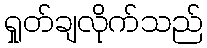
ရှုတ်ချလိုက်သည်